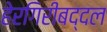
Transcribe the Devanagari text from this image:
हेरगिरीबद्दल